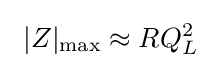
\ |Z|_{\mathrm {max} }\approx RQ_{L}^{2}\